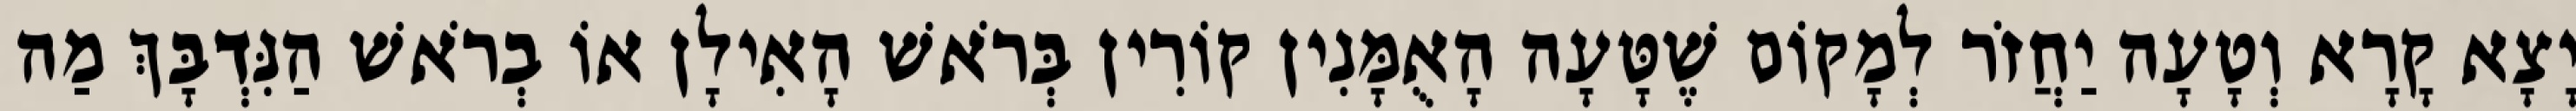
יָצָא קָרָא וְטָעָה יַחֲזֹר לְמָקוֹם שֶׁטָּעָה הָאֻמָּנִין קוֹרִין בְּרֹאשׁ הָאִילָן אוֹ בְרֹאשׁ הַנִּדְבָּךְ מַה